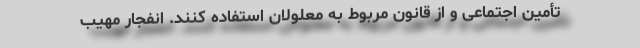
تأمین اجتماعی و از قانون مربوط به معلولان استفاده کنند. انفجار مهیب